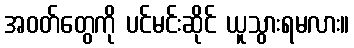
အဝတ်တွေကို ပင်မင်းဆိုင် ယူသွားရမလား။